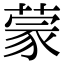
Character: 蒙